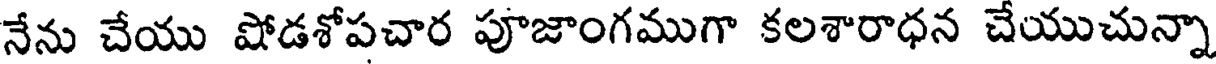
నేను చేయు షోడశోపచార పూజాంగముగా కలశారాధన చేయుచున్నా